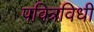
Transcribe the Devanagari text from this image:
पवित्रविधी